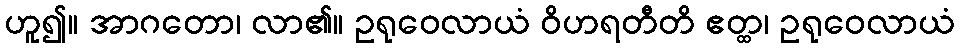
ဟူ၍။ အာဂတော၊ လာ၏။ ဥရုဝေလာယံ ဝိဟရတီတိ ဧတ္ထ၊ ဥရုဝေလာယံ